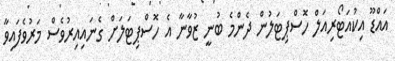
އައްޑޫ އިކުއަޓޯރިއަލް ހޮސްޕިޓަލުން ދެންމެ ބުނީ ޒުވާނާ އެ ހޮސްޕިޓަލަށް ގެނައިއިރުވެސް މަރުވެފައިވާ